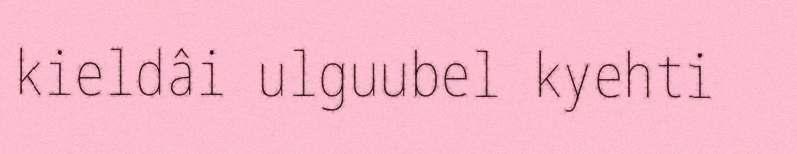
kieldâi ulguubel kyehti